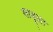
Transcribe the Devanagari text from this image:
साबूला